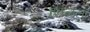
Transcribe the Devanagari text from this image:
ढवळला